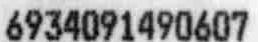
6934091490607